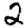
Digit: 2